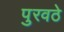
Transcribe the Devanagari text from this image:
पुरवठे